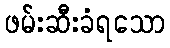
ဖမ်းဆီးခံရသော